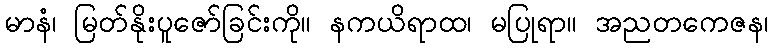
မာနံ၊ မြတ်နိုးပူဇော်ခြင်းကို။ နကယိရာထ၊ မပြုရာ။ အညတကေဇန၊